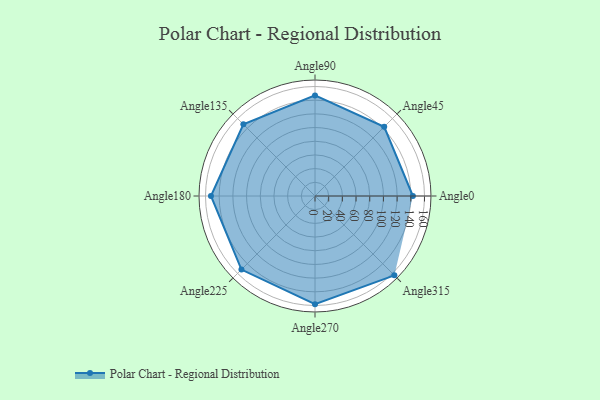
{"axis": {"x": "Angle", "y": "Radius"}, "legend": [""], "data": [{"x": "Angle0", "y": 143.0, "type": ""}, {"x": "Angle45", "y": 143.0, "type": ""}, {"x": "Angle90", "y": 147.0, "type": ""}, {"x": "Angle135", "y": 148.0, "type": ""}, {"x": "Angle180", "y": 152.0, "type": ""}, {"x": "Angle225", "y": 152.0, "type": ""}, {"x": "Angle270", "y": 158.0, "type": ""}, {"x": "Angle315", "y": 164.0, "type": ""}]}